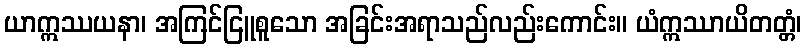
ယာဣဿယနာ၊ အကြင်ငြူစူသော အခြင်းအရာသည်လည်းကောင်း။ ယံဣဿာယိတတ္တံ၊